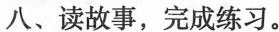
八、读故事，完成练习。